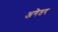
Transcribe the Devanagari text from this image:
अगेतर